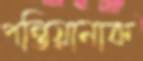
পন্তিয়ানাক